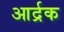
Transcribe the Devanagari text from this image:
आर्द्रक